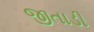
જીતાડી